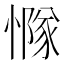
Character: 𢢊